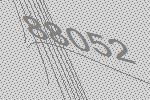
88052